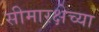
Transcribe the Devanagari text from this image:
सीमारक्षेच्या